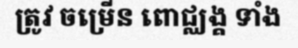
ត្រូវ ចម្រើន ពោជ្ឈង្គ ទាំង